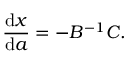
{ \frac { { \mathrm { d } } x } { { \mathrm { d } } a } } = - B ^ { - 1 } C .